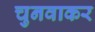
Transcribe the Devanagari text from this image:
चुनवाकर